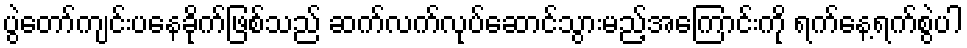
ပွဲတော်ကျင်းပနေခိုက်ဖြစ်သည် ဆက်လက်လုပ်ဆောင်သွားမည့်အကြောင်းကို ရက်နေ့ရက်စွဲပါ